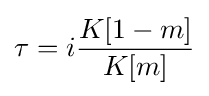
\tau =i{\frac {K[1-m]}{K[m]}}